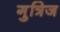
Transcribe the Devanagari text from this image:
गुत्रिज